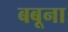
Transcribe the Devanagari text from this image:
बबूना